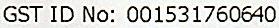
GST ID NO: 001531760640